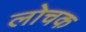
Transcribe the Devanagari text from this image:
लोचक